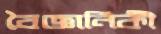
বৈজ্ঞানিকী